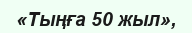
«Тыңға 50 жыл»,